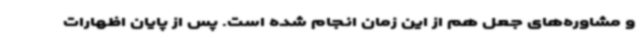
و مشاوره‌های جعل هم از این زمان انجام شده است. پس از پایان اظهارات